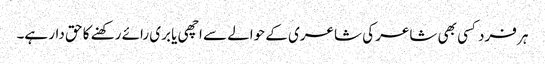
ہر فرد کسی بھی شاعر کی شاعری کے حوالے سے اچھی یا بری رائے رکھنے کا حق دار ہے۔